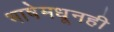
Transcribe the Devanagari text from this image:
भाषेमधूनही